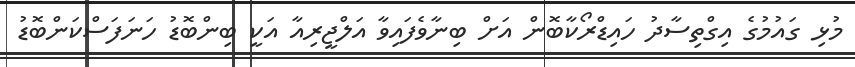
މުޅި ގައުމުގެ އިގްތިސާދު ހައިޑްރޯކާބޮން އަށް ބިނާވެފައިވާ އަލްޖީރިއާ އަކީ ބިންބޮޑު ހަނަފަސްކަންބޮޑު